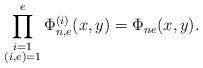
\begin{align*} \prod^e_{\substack{i=1 \\ (i,e)=1}}\Phi_{n,e}^{(i)}(x,y)=\Phi_{ne}(x,y).\end{align*}